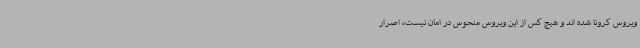
ویروس کرونا شده اند و هیچ کس از این ویروس منحوس در امان نیست، اصرار